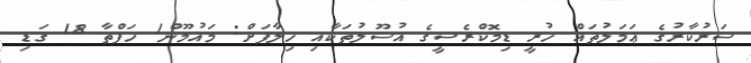
ސަރުކާރުގެ ޢަމަލުތައް ހުރީ ޑިމޮކްރެސީގެ އުސޫލުތަކާއި ޚިލާފަށް: މައުމޫން1 ހަފްތާ 18 ގަޑި